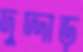
দুদ্দাড়